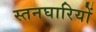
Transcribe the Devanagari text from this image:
स्तनघारियों